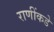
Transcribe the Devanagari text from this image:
राणींकडे